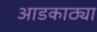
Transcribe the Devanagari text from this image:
आडकाठ्या